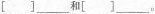
[ ]___和[ ]___。